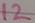
Text: 12